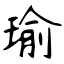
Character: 瑜